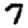
Digit: 7